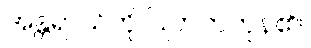
အန္တရာယ်ကို ပြုတတ်ကုန်၏။